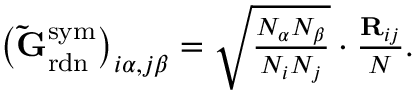
\begin{array} { r } { \left( \mathbf { \tilde { G } } _ { \mathrm { r d n } } ^ { \mathrm { s y m } } \right) _ { i \alpha , j \beta } = \sqrt { \frac { N _ { \alpha } N _ { \beta } } { N _ { i } N _ { j } } } \cdot \frac { \mathbf { R } _ { i j } } { N } . } \end{array}